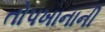
તોપખાનાની